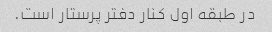
در طبقه اول کنار دفتر پرستار است.